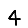
Digit: 4